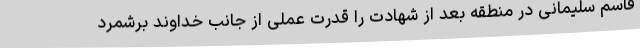
قاسم سلیمانی در منطقه بعد از شهادت را قدرت عملی از جانب خداوند برشمرد